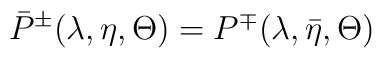
\bar{P}^{\pm }(\lambda ,\eta ,\Theta )=P^{\mp }(\lambda ,\bar{\eta },\Theta )